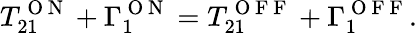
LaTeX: T_{21}^{\mathrm{~O~N~}}+\Gamma_{1}^{\mathrm{~O~N~}}=T_{21}^{\mathrm{~O~F~F~}}+\Gamma_{1}^{\mathrm{~O~F~F~}}.